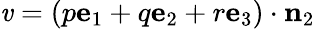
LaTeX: \mathit{v}=(p\mathbf{{e}}_{1}+q\mathbf{{e}}_{2}+r\mathbf{{e}}_{3})\cdot\mathbf{{n}}_{2}